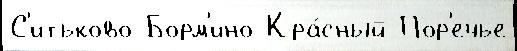
С'итьково Борм'ино Кра́сный Пор'ечье